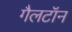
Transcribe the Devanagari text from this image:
गैलटॉन